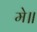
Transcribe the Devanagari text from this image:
मे॥